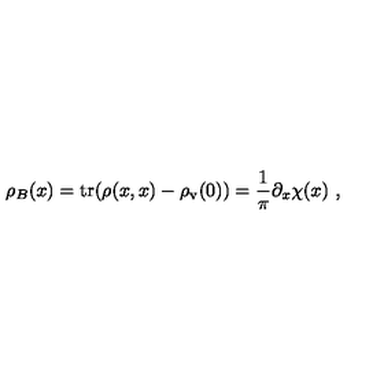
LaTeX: \rho _ { B } ( x ) = \mathrm { t r } ( \rho ( x , x ) - \rho _ { \mathrm { v } } ( 0 ) ) = \frac { 1 } { \pi } \partial _ { x } \chi ( x ) \ ,